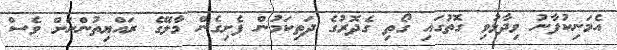
އެމަނިކުފާނު ވިދާޅުވި ގޮތުގައި ގޯތި ގެދޮރުގެ ދަތިކަމުން ފެށިގެން މާލޭގެ ރައްޔިތުންނަށް ވެސް